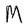
Character: M